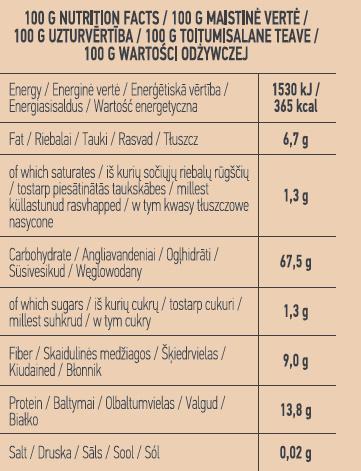
100 G NUTRIȚION FACTS / 100 G MAISTINĖ VERTĖ / 100 G UZTURVĒRTĪBA / 100 G TOITUMISALANE TEAVE / 100 G WARTOŚCI ODŹŻYWCZEJ
Energy/Energine verté /Energētiskā vērtība / Energiasisaldus / Wartość energetyczna
1530 kJ / 365 kcal
Fat / Riebalai / Tauki / Rasvad / Tkuszcz
6,7 g
of which saturates/ iš kurių sočiųjų riebalų rügščių / tostarp piesātinātās taukskābes/ millest küllastunud rasvhapped /w tym kwasy tłuszczowe nasycone
1,3 g
Carbohydrate / Angliavandeniai / Oglhidrāti / Süsivesikud / Weglowodany
67,5 g
of which sugars / iš kurių cukrų / tostarp cukuri / millest suhkrud / w tym cukry
1,3 g
Fiber / Skaidulinės medžiagos / Šķiedrvielas / Kiudained / Błonnik
9,0 g
Protein / Baltymai / Olbaltumvielas / Valgud / Białko
13,8 g
Salt / Druska / Sāls / Sool / Sól
0,02 g